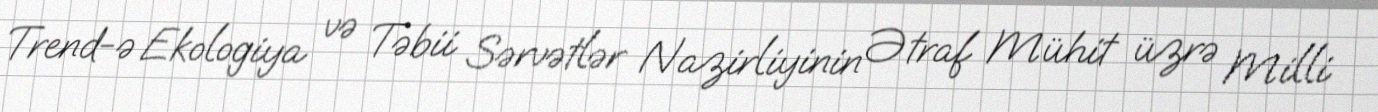
Trend-ə Ekologiya və Təbii Sərvətlər Nazirliyinin Ətraf Mühit üzrə Milli